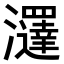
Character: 𤄢